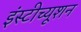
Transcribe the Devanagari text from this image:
इंस्टीच्यूशन